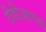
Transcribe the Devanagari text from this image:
टीडीआरचा